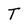
Character: T